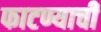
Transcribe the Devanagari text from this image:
फाटण्याची